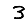
Digit: 3